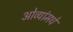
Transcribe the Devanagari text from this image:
ओव्यांमधे